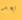
بعد